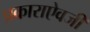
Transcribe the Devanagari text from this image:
प्रकाराऐवजी